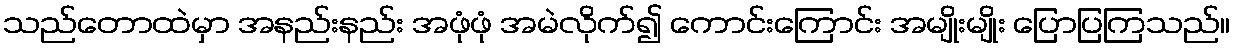
သည်တောထဲမှာ အနည်းနည်း အဖုံဖုံ အမဲလိုက်၍ ကောင်းကြောင်း အမျိုးမျိုး ပြောပြကြသည်။